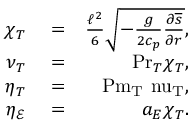
\begin{array} { r l r } { \chi _ { T } } & { { } = } & { \frac { \ell ^ { 2 } } { 6 } \sqrt { - \frac { g } { 2 c _ { p } } \frac { \partial \overline { { s } } } { \partial r } } , } \\ { \nu _ { T } } & { { } = } & { \mathrm { P r } _ { T } \chi _ { T } , } \\ { \eta _ { T } } & { { } = } & { \mathrm { P m _ { T } \ n u _ { T } } , } \\ { \eta _ { \mathcal { E } } } & { { } = } & { a _ { E } \chi _ { T } . } \end{array}